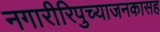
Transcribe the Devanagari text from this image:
नगारीरिपुच्याजनकासह